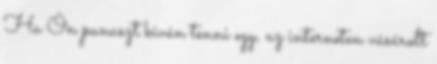
Ha Ön panaszt kíván tenni egy, az interneten vásárolt